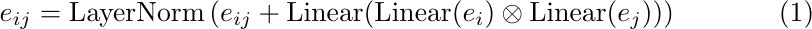
\begin{equation}
    e_{ij} = {\rm LayerNorm}\left(e_{ij} + {\rm Linear}({\rm Linear}(e_i) \otimes {\rm Linear}(e_j))\right)
\end{equation}